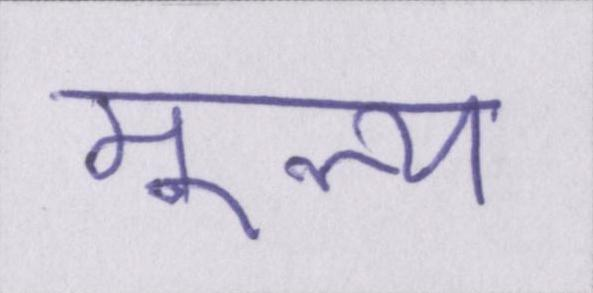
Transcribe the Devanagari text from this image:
मूल्य